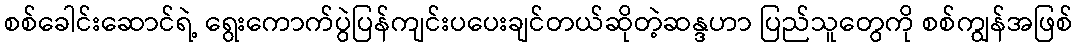
စစ်ခေါင်းဆောင်ရဲ့ ရွေးကောက်ပွဲပြန်ကျင်းပပေးချင်တယ်ဆိုတဲ့ဆန္ဒဟာ ပြည်သူတွေကို စစ်ကျွန်အဖြစ်